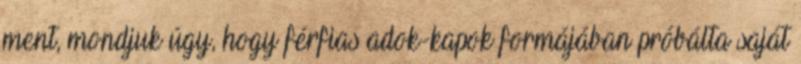
ment, mondjuk úgy, hogy férfias adok-kapok formájában próbálta saját